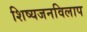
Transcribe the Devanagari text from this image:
शिष्यजनविलाप